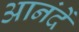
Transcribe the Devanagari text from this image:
आनंदें